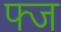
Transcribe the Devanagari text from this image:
फ्ज